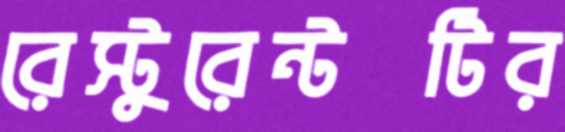
রেস্টুরেন্টটির